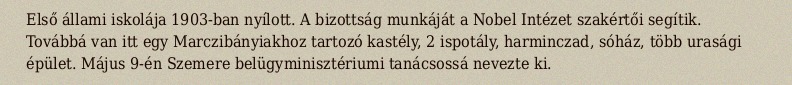
Első állami iskolája 1903-ban nyílott. A bizottság munkáját a Nobel Intézet szakértői segítik. Továbbá van itt egy Marczibányiakhoz tartozó kastély, 2 ispotály, harminczad, sóház, több urasági épület. Május 9-én Szemere belügyminisztériumi tanácsossá nevezte ki.